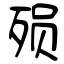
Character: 殒